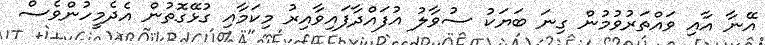
އޭނާ އާއި ވައްތަރުވުމުން ގިނަ ބަޔަކު ސުވާލު އުފައްދާފައިވާއިރު މިކަމާއި ގުޅޭގޮތުން އެދެމީހުންވެސް